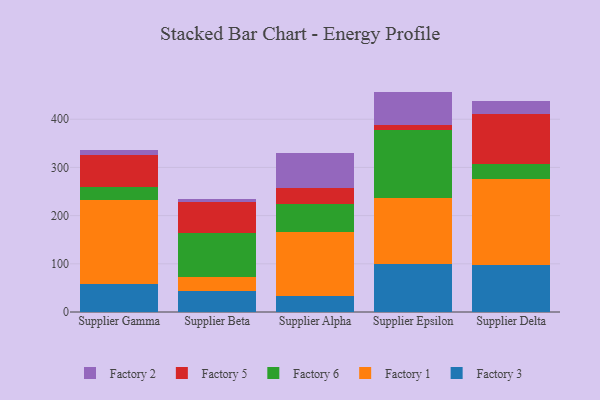
{"axis": {"x": "Supplier", "y": "Tickets Resolved"}, "legend": ["Factory 1", "Factory 2", "Factory 3", "Factory 5", "Factory 6"], "data": [{"x": "Supplier Gamma", "y": 59.0, "type": "Factory 3"}, {"x": "Supplier Gamma", "y": 174.2, "type": "Factory 1"}, {"x": "Supplier Gamma", "y": 26.4, "type": "Factory 6"}, {"x": "Supplier Gamma", "y": 66.6, "type": "Factory 5"}, {"x": "Supplier Gamma", "y": 10.9, "type": "Factory 2"}, {"x": "Supplier Beta", "y": 44.3, "type": "Factory 3"}, {"x": "Supplier Beta", "y": 28.4, "type": "Factory 1"}, {"x": "Supplier Beta", "y": 92.2, "type": "Factory 6"}, {"x": "Supplier Beta", "y": 63.1, "type": "Factory 5"}, {"x": "Supplier Beta", "y": 7.3, "type": "Factory 2"}, {"x": "Supplier Alpha", "y": 33.2, "type": "Factory 3"}, {"x": "Supplier Alpha", "y": 131.9, "type": "Factory 1"}, {"x": "Supplier Alpha", "y": 59.5, "type": "Factory 6"}, {"x": "Supplier Alpha", "y": 32.1, "type": "Factory 5"}, {"x": "Supplier Alpha", "y": 73.4, "type": "Factory 2"}, {"x": "Supplier Epsilon", "y": 99.9, "type": "Factory 3"}, {"x": "Supplier Epsilon", "y": 137.1, "type": "Factory 1"}, {"x": "Supplier Epsilon", "y": 140.8, "type": "Factory 6"}, {"x": "Supplier Epsilon", "y": 9.7, "type": "Factory 5"}, {"x": "Supplier Epsilon", "y": 69.8, "type": "Factory 2"}, {"x": "Supplier Delta", "y": 97.7, "type": "Factory 3"}, {"x": "Supplier Delta", "y": 178.7, "type": "Factory 1"}, {"x": "Supplier Delta", "y": 30.8, "type": "Factory 6"}, {"x": "Supplier Delta", "y": 102.6, "type": "Factory 5"}, {"x": "Supplier Delta", "y": 29.0, "type": "Factory 2"}]}